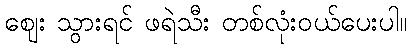
ဈေး သွားရင် ဖရဲသီး တစ်လုံးဝယ်ပေးပါ။